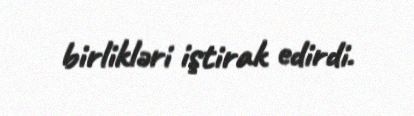
birlikləri iştirak edirdi.